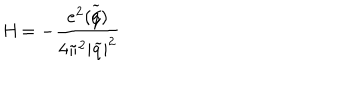
LaTeX: \textit { H } = - \frac { e ^ { 2 } ( \widetilde { q \hspace { - 0 . 2 c m } / } ) } { 4 \pi ^ { 2 } | \widetilde { q } | ^ { 2 } }